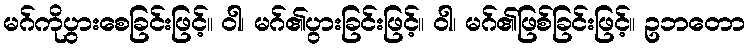
မဂ်ကိုပွားစေခြင်းဖြင့်။ ဝါ၊ မဂ်၏ပွားခြင်းဖြင့်။ ဝါ၊ မဂ်၏ဖြစ်ခြင်းဖြင့်။ ဥဘတော